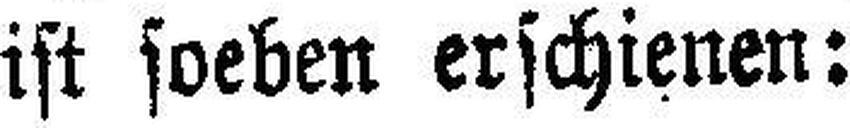
ist soeben erschienen: